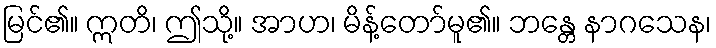
မြင်၏။ ဣတိ၊ ဤသို့။ အာဟ၊ မိန့်တော်မူ၏။ ဘန္တေ နာဂသေန၊